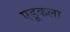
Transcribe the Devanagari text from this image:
एडूकला